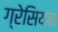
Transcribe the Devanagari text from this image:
ग्रेसियन